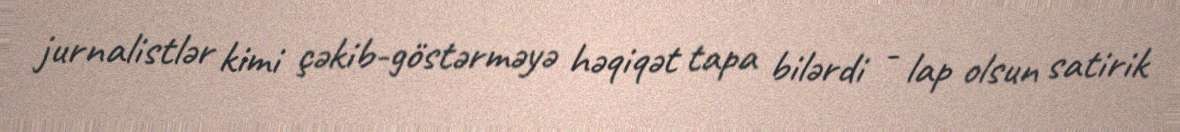
jurnalistlər kimi çəkib-göstərməyə həqiqət tapa bilərdi - lap olsun satirik